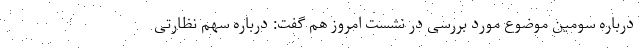
درباره سومین موضوع مورد بررسی در نشست امروز هم گفت: درباره سهم نظارتی